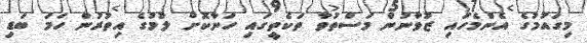
މިގައުމުގެ އެންމެހައި ޒުވާނުން މަސްތުވާ ތަކެތީގައި ހަނާކޮށް ލުމުގެ އިތުރުން ހަމަ ބަޑި